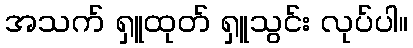
အသက် ရှူထုတ် ရှူသွင်း လုပ်ပါ။